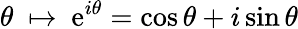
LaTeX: \theta\ \mapsto\ \mathrm{e}^{i\theta}=\cos\theta+i\sin\theta